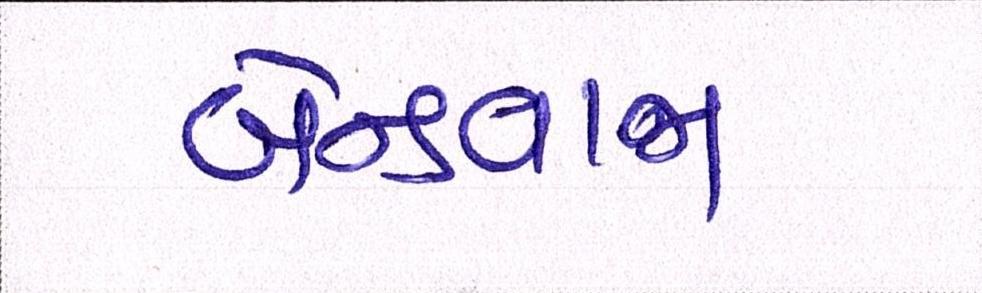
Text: બેન્ડવાજા